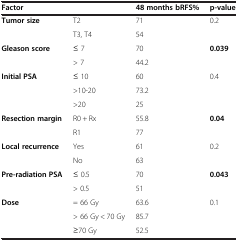
| Factor |  | 48 months bRFS% | p-value |
 | --- | --- | --- | --- |
 | <ROWSPAN=2> Tumor size | T2 | 71 | <ROWSPAN=2> 0.2 |
 | T3, T4 | 54 |
 | <ROWSPAN=2> Gleason score | ≤ 7 | 70 | <ROWSPAN=2> 0.039 |
 | > 7 | 44.2 |
 | <ROWSPAN=3> Initial PSA | ≤ 10 | 60 | <ROWSPAN=3> 0.4 |
 | >10-20 | 73.2 |
 | >20 | 25 |
 | <ROWSPAN=2> Resection margin | R0 + Rx | 55.8 | <ROWSPAN=2> 0.04 |
 | R1 | 77 |
 | <ROWSPAN=2> Local recurrence | Yes | 61 | <ROWSPAN=2> 0.2 |
 | No | 63 |
 | <ROWSPAN=2> Pre-radiation PSA | ≤ 0.5 | 70 | <ROWSPAN=2> 0.043 |
 | > 0.5 | 51 |
 | <ROWSPAN=2> Dose | = 66 Gy | 63.6 | <ROWSPAN=2> 0.1 |
 | > 66 Gy < 70 Gy | 85.7 |
 |  | ≥70 Gy | 52.5 |  |